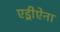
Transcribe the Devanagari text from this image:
एड्रीऐना